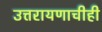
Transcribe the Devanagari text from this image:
उत्तरायणाचीही